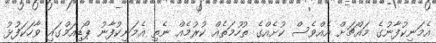
އެމަނިކުފާނުގެ މައްޗަށް އެއްވެސް ކުށެއްގެ ތުހުމަތެއް ކުރުމެއް ނެތި އެމަނިކުފާނު ޕޯޑިއަމްގައި ވާހަކަފުޅު